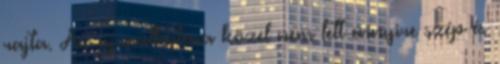
rajta. Az újraalkotása közel nem lett ennyire szép és